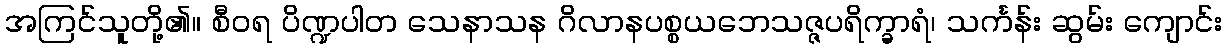
အကြင်သူတို့၏။ စီဝရ ပိဏ္ဍပါတ သေနာသန ဂိလာနပစ္စယဘေသဇ္ဇပရိက္ခာရံ၊ သင်္ကန်း ဆွမ်း ကျောင်း